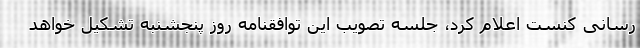
رسانی کنست اعلام کرد، جلسه تصویب این توافقنامه روز پنجشنبه تشکیل خواهد